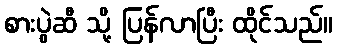
စားပွဲဆီ သို့ ပြန်လာပြီး ထိုင်သည်။